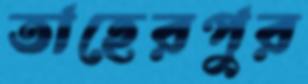
তাহেরপুর